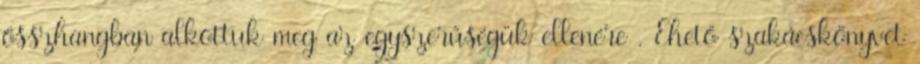
összhangban alkottuk meg az egyszerűségük ellenére . Ehető szakácskönyvet